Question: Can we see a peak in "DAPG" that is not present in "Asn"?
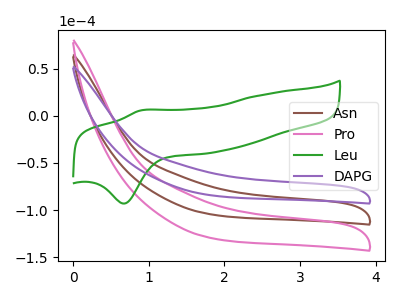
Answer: <think>The brown curve "Asn" has no peaks. The pink curve "Pro" has no peaks. The green curve "Leu" has an anodic peak at (0.90V, 5.45uA) and a cathodic peak at (0.65V, -93.05uA). The purple curve "DAPG" has no peaks.
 Neither "DAPG" or "Asn" have any peaks.</think>
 <answer>No, "DAPG" and "Asn" don't appear to be significantly different in shape</answer>
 <eval>no_change</eval>